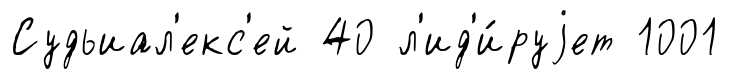
Судьиал'екс'ей 40 л'ид'и́руjет 1001